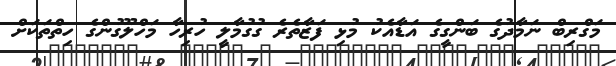
މަގްރިބް ނަމާދުގެ ބަންގީގެ އަޑާއެކު މުޅި ފަޒާތެރެ ގުގުމާލީ ހުރިހާ މަހްލޫގުންގެ ހިތްތަކަށް